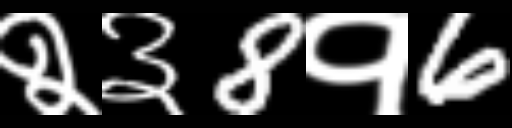
Text: २३8१6